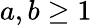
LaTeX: a,b\geq 1